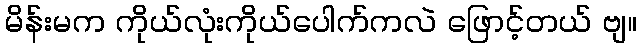
မိန်းမက ကိုယ်လုံးကိုယ်ပေါက်ကလဲ ဖြောင့်တယ် ဗျ။